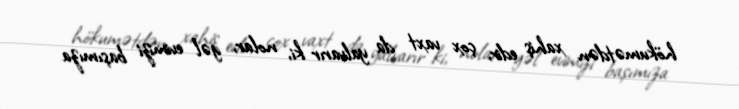
hökumətdən xahiş edir, çox vaxt da yalvarır ki, nolar, gəl evimizi başımıza